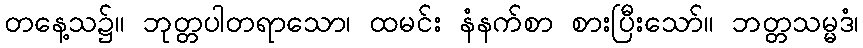
တနေ့သ၌။ ဘုတ္တပါတရာသော၊ ထမင်း နံနက်စာ စားပြီးသော်။ ဘတ္တသမ္မဒံ၊